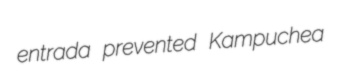
entrada prevented Kampuchea